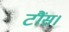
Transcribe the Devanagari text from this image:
टौंस।